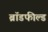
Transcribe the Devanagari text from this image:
ब्रॉडफील्ड